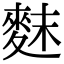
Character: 䴲